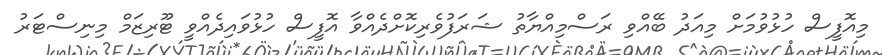
މިއޮފީސް ހުޅުވުމަށް މިއަދު ބޭއްވި ރަސްމިއްޔާތު ޝަރަފުވެރިކޮށްދެއްވާ އޮފީސް ހުޅުވައިދެއްވީ ޓޫރިޒަމް މިނިސްޓަރު